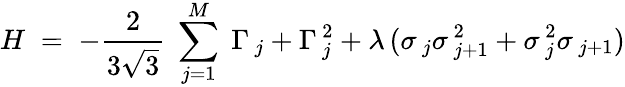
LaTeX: H\; =\; -\frac{2}{3\sqrt{3}}\; \sum_{j=1}^{M}\; \Gamma_{\, j}+\Gamma_{\, j}^{\, 2}+\lambda\, (\sigma_{\, j}\sigma_{\, j+1}^{\, 2}+\sigma_{\, j}^{\, 2}\sigma_{\, j+1})